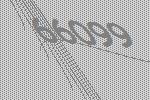
66099